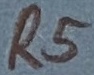
Text: R5